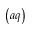
\left( a q \right)